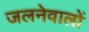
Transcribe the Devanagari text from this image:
जलनेवालों